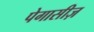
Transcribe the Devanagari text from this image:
पेगासीज़